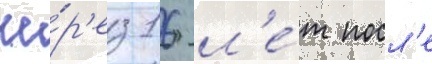
че́р'ез 16 л'е́т посл'е